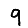
Digit: 9